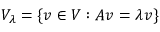
V _ { \lambda } = \{ v \in V : A v = \lambda v \}